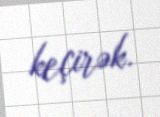
keçirək.